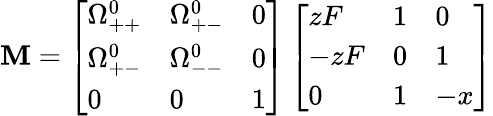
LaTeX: \mathbf{M}=\left[\begin{array}{lll}{\Omega_{++}^{0}}&{\Omega_{+-}^{0}}&{0}\\ {\Omega_{+-}^{0}}&{\Omega_{--}^{0}}&{0}\\ {0}&{0}&{1}\end{array}\right]\left[\begin{array}{lll}{zF}&{1}&{0}\\ {-zF}&{0}&{1}\\ {0}&{1}&{-x}\end{array}\right]